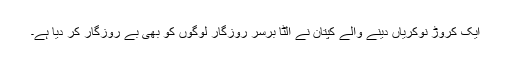
ایک کروڑ نوکریاں دینے والے کپتان نے الٹا برسرِ روزگار لوگوں کو بھی بے روزگار کر دیا ہے۔